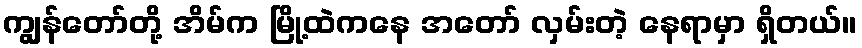
ကျွန်တော်တို့ အိမ်က မြို့ထဲကနေ အတော် လှမ်းတဲ့ နေရာမှာ ရှိတယ်။